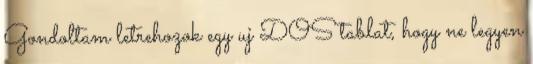
Gondoltam letrehozok egy uj DOS tablat, hogy ne legyen